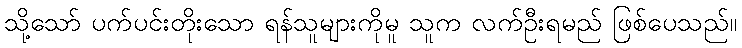
သို့သော် ပက်ပင်းတိုးသော ရန်သူများကိုမူ သူက လက်ဦးရမည် ဖြစ်ပေသည်။